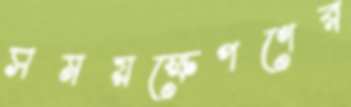
সময়ক্ষেপণের